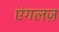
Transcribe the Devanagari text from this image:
एंगलज़